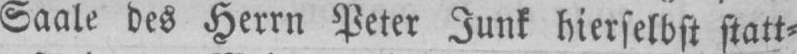
hierselbst statt⸗